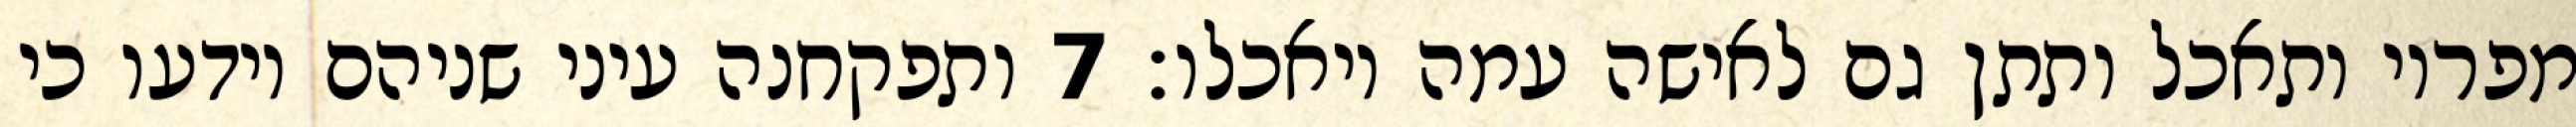
מפריו ותאכל ותתן גם לאישה עמה ויאכלו׃ ‎7‏ ותפקחנה עיני שניהם וידעו כי